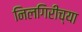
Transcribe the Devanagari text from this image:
निलगिरीच्या